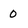
Character: 0